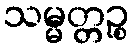
သမ္မတ္တဉ္စ